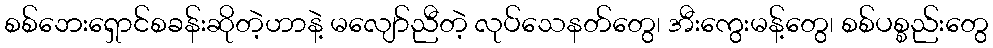
စစ်ဘေးရှောင်စခန်းဆိုတဲ့ဟာနဲ့ မလျော်ညီတဲ့ လုပ်သေနတ်တွေ၊ အီးကွေးမန့်တွေ၊ စစ်ပစ္စည်းတွေ